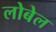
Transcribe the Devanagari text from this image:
लोबेल